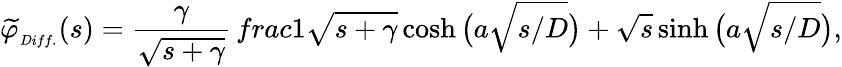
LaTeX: {\widetilde{\varphi}}_{_{Diff.}}(s)=\frac{\gamma}{\sqrt{s+\gamma}}\, frac{1}{\sqrt{s+\gamma}\cosh{\big(a\sqrt{s/D}\big)}+\sqrt{s}\sinh{\big(a\sqrt{s/D}\big)}},